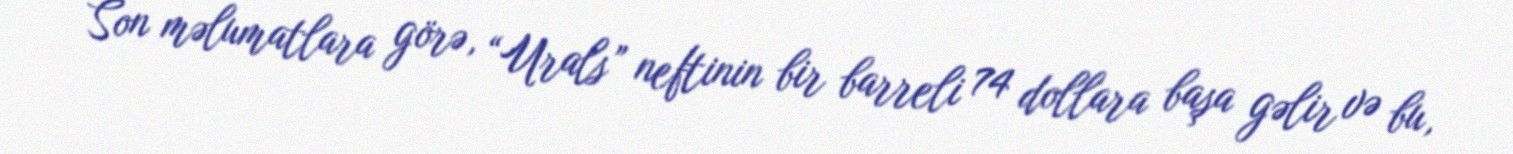
Son məlumatlara görə, “Urals” neftinin bir barreli 74 dollara başa gəlir və bu,